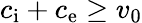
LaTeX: c_{\mathrm{i}}+c_{\mathrm{e}}\ge v_{0}